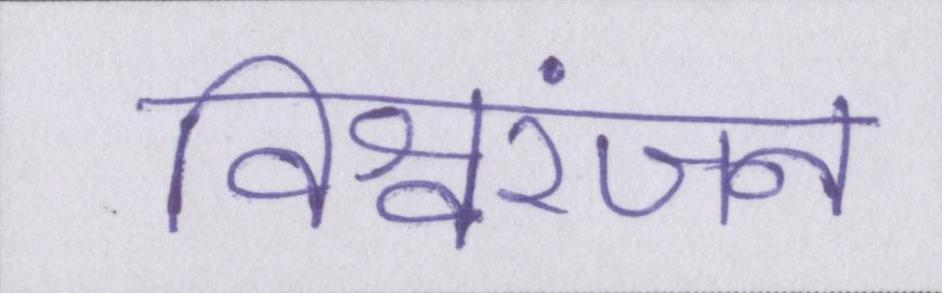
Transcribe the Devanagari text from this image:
विश्वरंजन